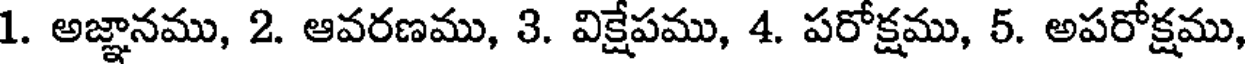
1. అజ్ఞానము, 2. ఆవరణము, 3. విక్షేపము, 4. పరోక్షము, 5. అపరోక్షము,